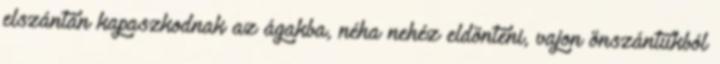
elszántan kapaszkodnak az ágakba, néha nehéz eldönteni, vajon önszántukból